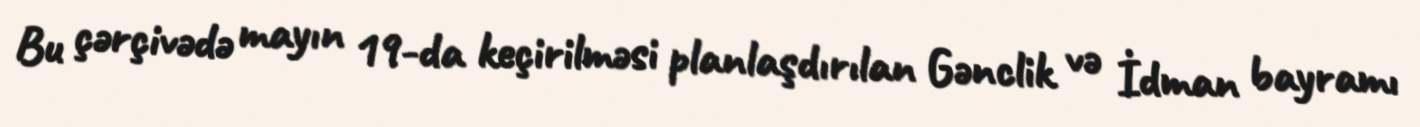
Bu çərçivədə mayın 19-da keçirilməsi planlaşdırılan Gənclik və İdman bayramı